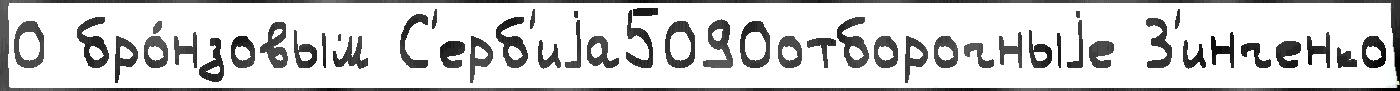
0 бро́нзовым С'ерб'иjа5090отборочныjе З'инченко